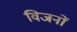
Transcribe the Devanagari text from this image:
विजनों